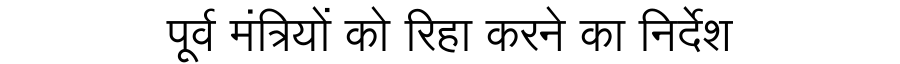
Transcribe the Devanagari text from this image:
पूर्व मंत्रियों को रिहा करने का निर्देश